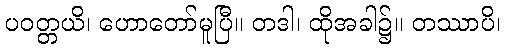
ပဝတ္တယိ၊ ဟောတော်မူပြီ။ တဒါ၊ ထိုအခါ၌။ တဿာပိ၊